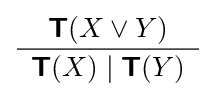
{\frac {{\boldsymbol {\mathsf {T}}}(X\lor Y)}{\begin{array}{c}{\boldsymbol {\mathsf {T}}}(X)\mid {\boldsymbol {\mathsf {T}}}(Y)\end{array}}}